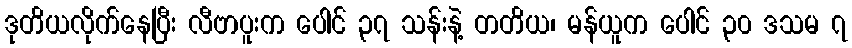
ဒုတိယလိုက်နေပြီး လီဗာပူးက ပေါင် ၃၇ သန်းနဲ့ တတိယ၊ မန်ယူက ပေါင် ၃၀ ဒသမ ၇